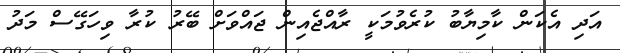
އަދި އެކަން ކާމިޔާބު ކުރެވުމަކީ ރާއްޖެއިން ޖައްވަށް ބޭރު ކުރާ ވިހަގޭސް މަދު